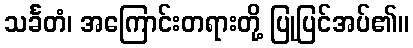
သင်္ခတံ၊ အကြောင်းတရားတို့ ပြုပြင်အပ်၏။